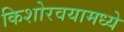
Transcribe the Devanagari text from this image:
किशोरवयामध्ये